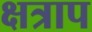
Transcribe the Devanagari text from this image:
क्षत्राप